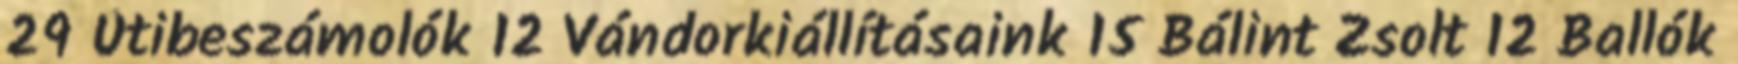
29 Útibeszámolók 12 Vándorkiállításaink 15 Bálint Zsolt 12 Ballók